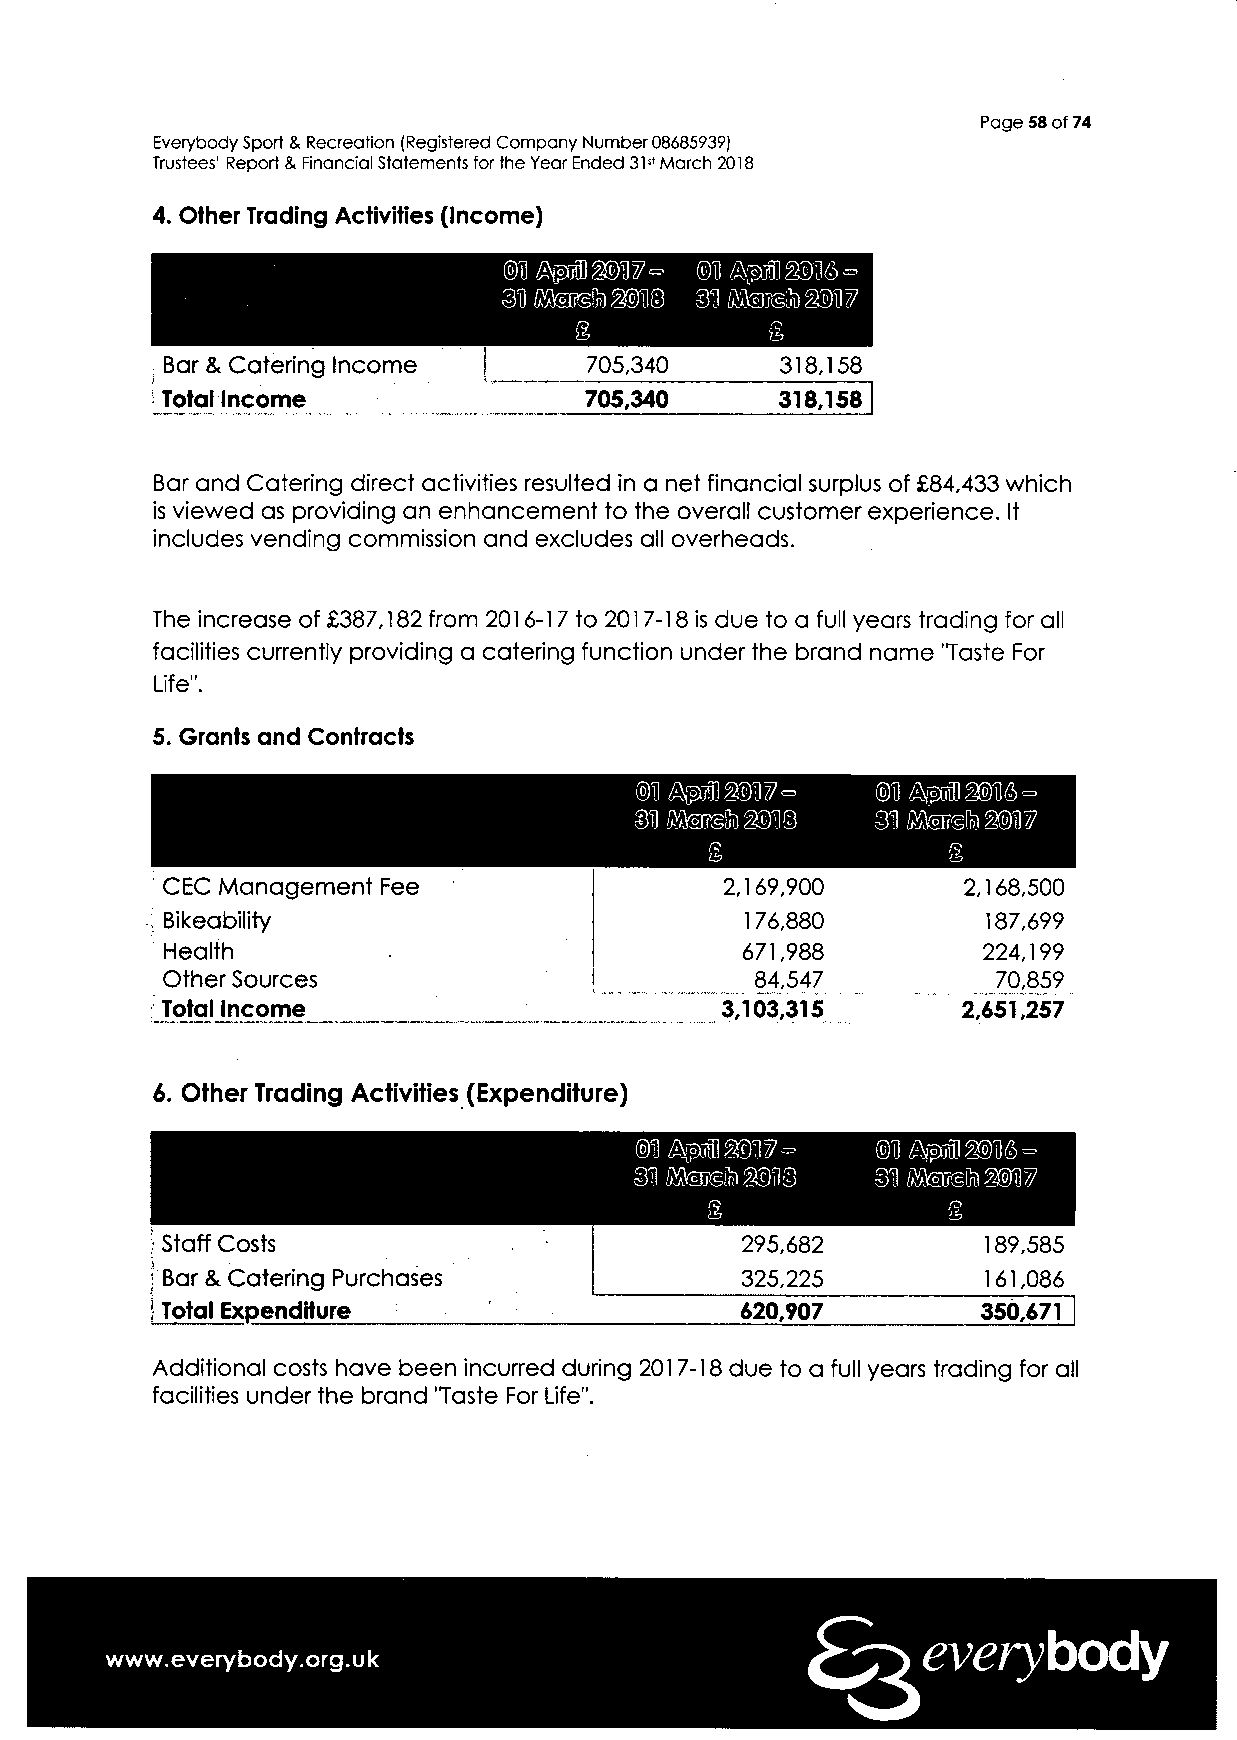
Page 58 of 74
 Everybody Sport & Recreation (Registered Company Number 08685939)
 Trustees' Report & Financial Statements for the Year Ended 31s1 March 2018
 4. Other Trading Activities (Income)
 8            S
 Bar & Catering Income       705,340      318,158
 Total Income                705,340      318,158
 Bar and Catering direct activities resulted in a net financial surplus of £84,433 which
 is viewed as providing an enhancement to the overall customer experience. It
 includes vending commission and excludes all overheads.
 The increase of £387,182 from 2016-17 to 2017-18 is due to a full years trading for all
 facilities currently providing a catering function under the brand name "Taste For
 Life".
 5. Grants and Contracts
 R               §
 Li?
 CEC Management Fee                   2,169,900       2,168,500
 Bikeability                           1 76,880        187,699
 Health                                671,988         224,199
 Other Sources                          84,547          70,859
 Total Income                         3,103,315       2,651,257
 6. Other Trading Activities (Expenditure)
 m               m
 m               m
 S
 ib
 Staff Costs                           295,682         189,585
 Bar & Catering Purchases              325,225         161,086
 Total Expenditure                     620,907         350,671
 Additional costs have been incurred during 2017-18 due to a full years trading for all
 facilities under the brand 'Taste For Life".
 everybody
 www.everybody.org.uk